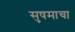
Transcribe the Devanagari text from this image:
सुषमाचा